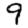
Digit: 9